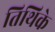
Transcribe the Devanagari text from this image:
तिथिके